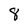
Character: 8